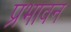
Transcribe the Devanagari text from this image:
प्रभावन